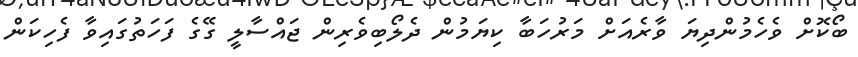
ބޯކޮށް ވެހެމުންދިޔަ ވާރެއަށް މަރުހަބާ ކިޔަމުން ދެލޯބިވެރިން ޖައްސާލީ ގޭގެ ފަހަތުގައިވާ ފެހިކަން